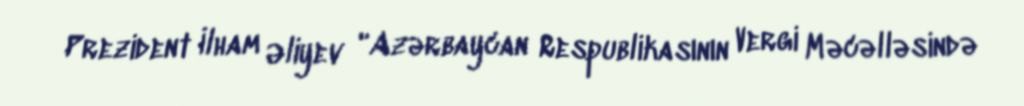
Prezident İlham Əliyev "Azərbaycan Respublikasının Vergi Məcəlləsində